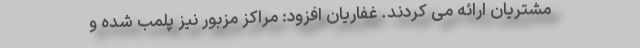
مشتریان ارائه می کردند. غفاریان افزود: مراکز مزبور نیز پلمب شده و